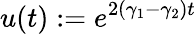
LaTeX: u(t):=e^{2(\gamma_{1}-\gamma_{2})t}